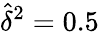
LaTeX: \widehat\delta^{2}=0.5